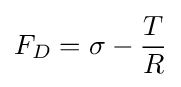
F_{D}=\sigma -{\frac {T}{R}}